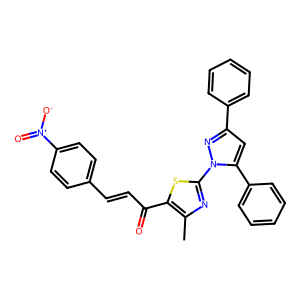
SMILES: Cc1nc(-n2nc(-c3ccccc3)cc2-c2ccccc2)sc1C(=O)C=Cc1ccc([N+](=O)[O-])cc1
Inhibits HIV replication: No